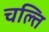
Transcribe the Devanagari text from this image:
चल्ति